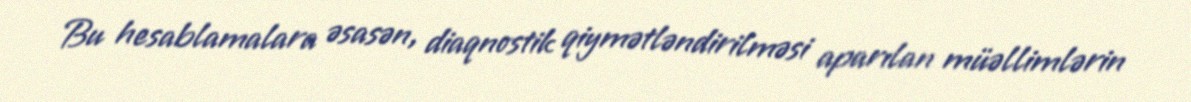
Bu hesablamalara əsasən, diaqnostik qiymətləndirilməsi aparılan müəllimlərin